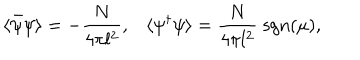
LaTeX: \langle \bar { \psi } \psi \rangle = - \frac { N } { 4 \pi l ^ { 2 } } , \langle \psi ^ { \dagger } \psi \rangle = \frac { N } { 4 \pi l ^ { 2 } } \; \mathrm { s g n } ( \mu ) ,